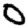
Digit: 0